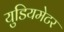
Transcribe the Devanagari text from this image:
युडियमेटर